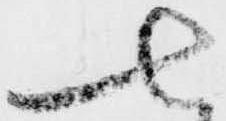
七